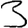
Digit: 3